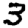
Digit: 3